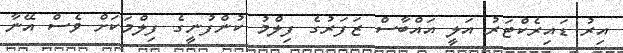
އިރު ޑައިރެކްޓަރު އަލީ އައްބާސް ޒަފަރުގެ ފިލްމު ކުންފުނީގެ ފިލްމަކަށް ވެސް އޭނާ